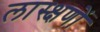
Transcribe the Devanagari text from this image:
लास्क्षणों